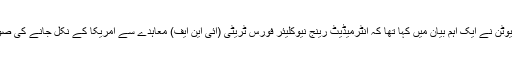
یاد رہے کہ گزشتہ سال دسمبر میں روس کے صدر ولادیمیر پیوٹن نے ایک اہم بیان میں کہا تھا کہ انٹرمیڈیٹ رینج نیوکلیئر فورس ٹریٹی (آئی این ایف) معاہدے سے امریکا کے نکل جانے کی صورت میں ان کا ملک اپنے دفاع کے لئے پوری طرح آمادہ ہے۔